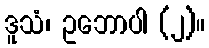
ဒူသံ၊ ဥဘောပါ (၂)။